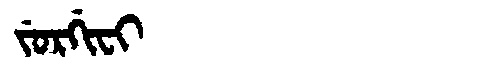
Manchu: ᠵᡠᡵᡤᡳᠸᡳ
Romanization: JURGIFI